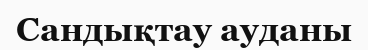
Сандықтау ауданы